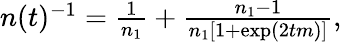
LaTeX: \begin{array}{r}{n(t)^{-1}=\frac{1}{n_{1}}+\frac{n_{1}-1}{n_{1}[1+\exp(2tm)]},}\end{array}